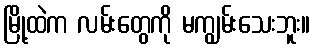
မြို့ထဲက လမ်းတွေကို မကျွမ်းသေးဘူး။